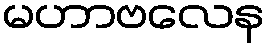
မဟာဗလေန